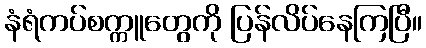
နံရံကပ်စက္ကူတွေကို ပြန်လိပ်နေကြပြီ။